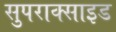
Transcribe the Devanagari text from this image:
सुपराक्साइड